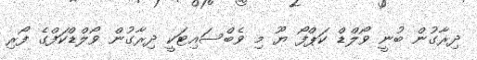
ދިރާގުން ބުނީ ވޯލްޑް ކަޕްފޯ ޔޫ މި ވެބްސައިޓަކީ ދިރާގުން ވޯލްޑްކަފްގެ ފޯރި